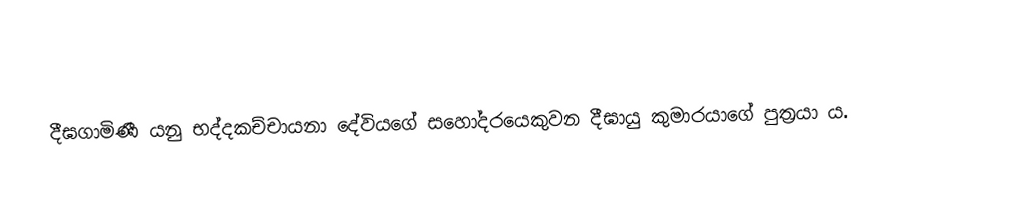
දීඝගාමිණී යනු භද්දකච්චායනා දේවියගේ සහෝදරයෙකුවන දීඝායු කුමාරයාගේ පුත්‍රයා ය. ‌